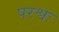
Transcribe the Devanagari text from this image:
परश्वः